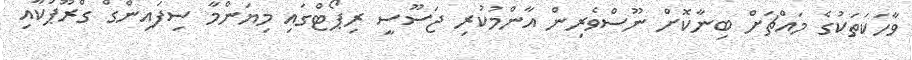
ވާހަކަތަކުގެ މައްޗަށް ބިނާކޮށް ނޫސްވެރިން އާންމުކުރި ޖަސޫސީ ރިޕޯޓްގައި މިޔަންމާ ސިފައިންގް ގްރޫޕަކާއި